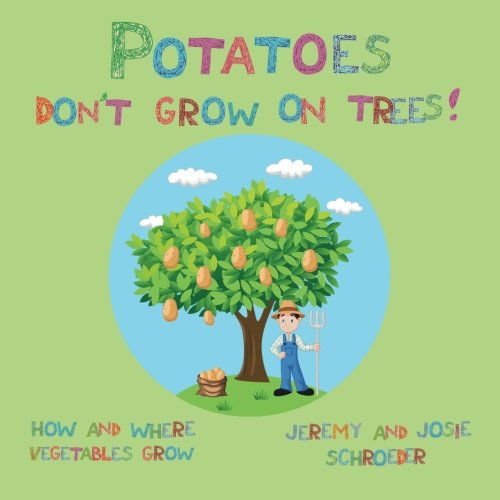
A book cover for Potatoes Don't Grow On Trees!: How and Where Vegetables Grow (How and Where Food Grows) (Volume 2); Jeremy Schroeder; Cookbooks, Food & Wine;